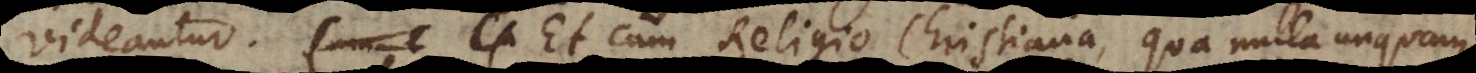
videantur. Et cum Religio Christiana, qua nulla unquam